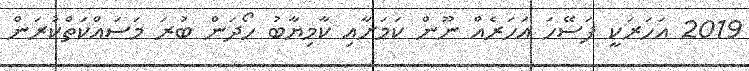
2019 އަހަރަކީ ފަސޭހަ އަހަރެއް ނޫން ކަމަށާއި ކާމިޔާބު ހޯދަން ބުރަ މަސައްކަތްކުރަން